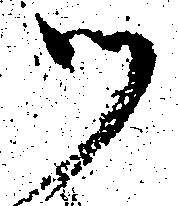
つ